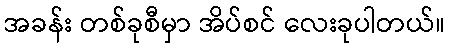
အခန်း တစ်ခုစီမှာ အိပ်စင် လေးခုပါတယ်။